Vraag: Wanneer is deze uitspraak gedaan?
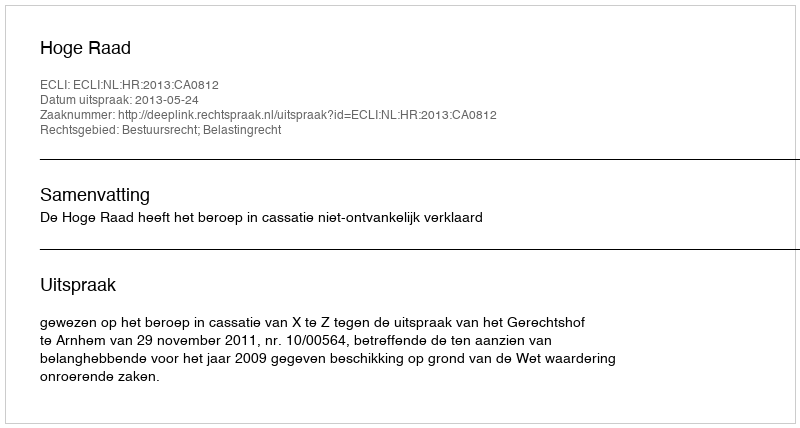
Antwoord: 2013-05-24